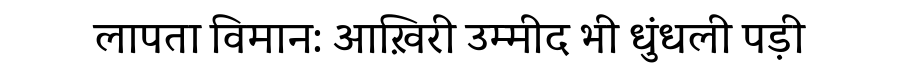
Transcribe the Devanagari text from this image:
लापता विमान: आख़िरी उम्मीद भी धुंधली पड़ी